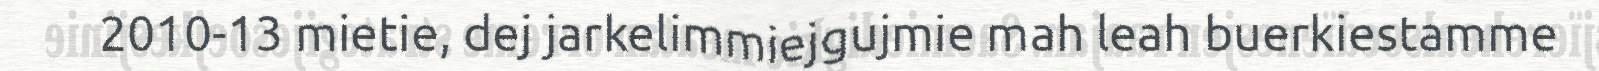
2010-13 mietie, dej jarkelimmiejgujmie mah leah buerkiestamme